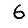
Digit: 6